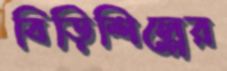
বিড়িশিল্পের